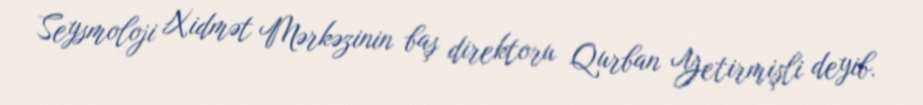
Seysmoloji Xidmət Mərkəzinin baş direktoru Qurban Yetirmişli deyib.